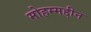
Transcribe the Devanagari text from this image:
मोहम्मद्दीन